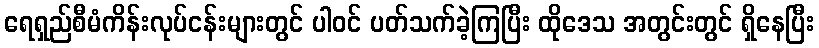
ရေရှည်စီမံကိန်းလုပ်ငန်းများတွင် ပါဝင် ပတ်သက်ခဲ့ကြပြီး ထိုဒေသ အတွင်းတွင် ရှိနေပြီး